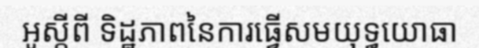
អូស្តីពី ទិដ្ឋភាពនៃការធ្វើសមយុទ្ធយោធា